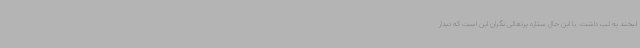
لبخند به لب داشت. با این حال ستاره پرتغالی نگران این است که دیدار